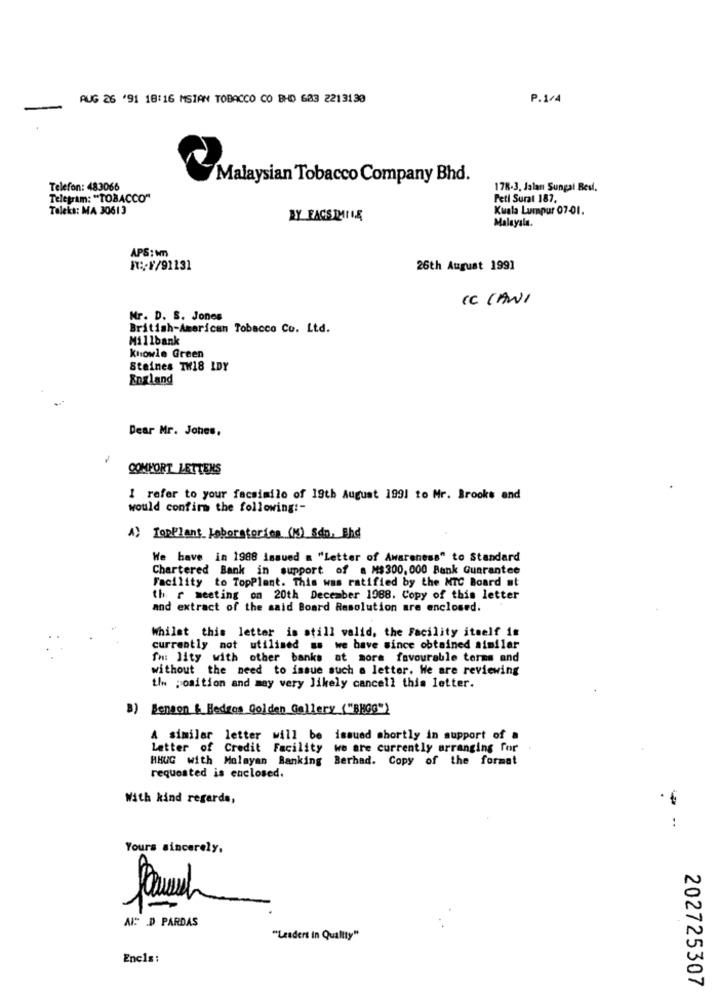
AUG 26 '91 18:16 MSIAN TOBACCO CO BHD 683 2213130
P.1/4
Malaysian Tobacco Company Bhd.
Telefon: 483066
178-3, Jalan Sungai Besl.
Telegram: "TOBACCO"
Feti Sural 187.
Teleks: MA 30613
Kuala Lumpur 07-01.
Malayala.
APS: )
RX:/F/91131
26th August 1991
CC CANI
Mr. D. S. Jones
British-American Tobacco Co. Ltd.
Millbank
Knowle Green
Steines TH18 IDY
England
Dear Mr. Jones,
COMFORT LETTERS
1 refer to your facsimile of 19th August 1991 to Mr. Brooks and
would confirm the following :-
A) TopPlant_ Laboratorion (M) Sdp, End
We have in 1988 Issued = "Letter of Awareness" to Standard
Chartered Bank in support of a M$300,000 Bank Guarantee
Facility to TopPlant. This was ratified by the MTC Board at
th r meeting on 20th December 1988. Copy of this letter
and extract of the said Board Resolution are enclosed.
Whilst this letter is still valid, the Facility itself 1#
currently not utilised as we have since obtained similar
fm lity with other banks at mora favourable terms and
without the need to issue such a letter. We are reviewing
tlw position and may very likely cancell this letter.
3) Benson & Hedzes Golden Gallery ("BEGg")
A similar letter will be issued shortly in support of a
Letter of Credit Facility we are currently arranging for
HHUC with Molayan Banking Berhad. Copy of the format
requested is enclosed.
With kind regards,
..
Yours sincerely,
AI: D PARDAS
"Lendert in Quality"
Encls:
202725307